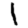
Digit: 1